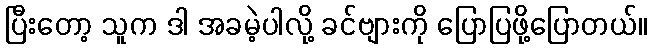
ပြီးတော့ သူက ဒါ အခမဲ့ပါလို့ ခင်ဗျားကို ပြောပြဖို့ပြောတယ်။